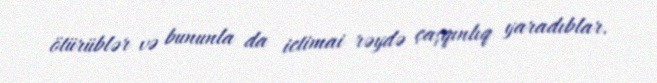
ötürüblər və bununla da ictimai rəydə çaşqınlıq yaradıblar.